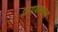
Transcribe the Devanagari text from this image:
प्रणयस्थल